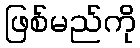
ဖြစ်မည်ကို